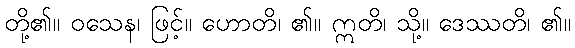
တို့၏။ ဝသေန၊ ဖြင့်။ ဟောတိ၊ ၏။ ဣတိ၊ သို့။ ဒေဿတိ၊ ၏။